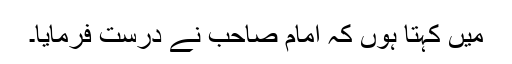
میں کہتا ہوں کہ امام صاحب نے درست فرمایا۔